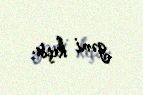
gəmi keçir.